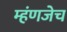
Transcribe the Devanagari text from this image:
म्हंणजेच